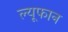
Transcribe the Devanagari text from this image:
ल्यूफान